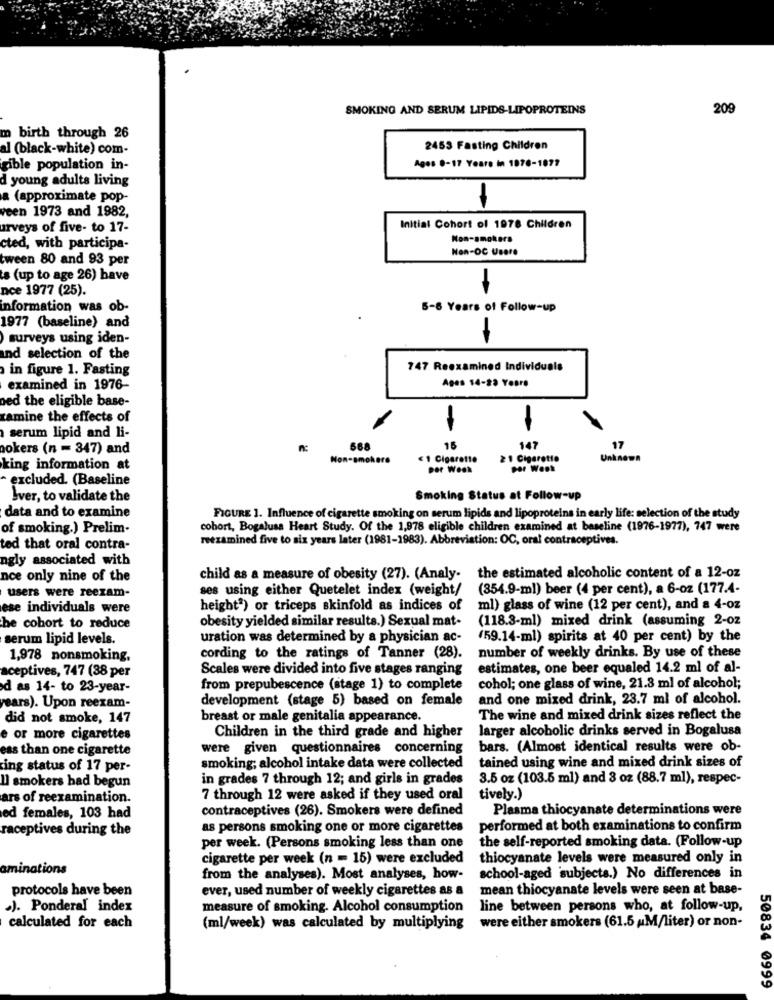
SMOKING AND SERUM LIPIDS-LIPOPROTEINS
209
m birth through 26
al (black-white) com-
2453 Fasting Children
cible population in-
Ages 0-17 Years in 1876-1877
d young adults living
a (approximate pop-
veen 1973 and 1982,
urveys of five- to 17-
Initial Cohort of 1978 Children
Non-smokers
cted, with participa-
Non-OC Usere
tween 80 and 93 per
's (up to age 26) have
nce 1977 (25).
information was ob-
5-8 Years of Follow-up
1977 (baseline) and
surveys using iden-
and selection of the
in figure 1. Fasting
747 Reexamined Individuals
Ages 14-23 Years
examined in 1976-
bed the eligible base-
ramine the effects of
serum lipid and li-
-
aokers (n = 347) and
n:
568
15
147
Non-smokers
< 1 Cigarette
21 Cigarette
Unknown
king information at
por Week
- excluded. (Baseline
Iver, to validate the
Smoking Status at Follow-up
FIGURE 1. Influence of cigarette smoking on serum lipids and lipoproteins in early life: selection of the study
data and to examine
of smoking.) Prelim-
cohort, Bogalusa Heart Study. Of the 1,978 eligible children examined at baseline (1976-1977), 747 were
reezamined five to six years later (1981-1983). Abbreviation: OC, oral contraceptives.
ted that oral contra-
ngly associated with
nce only nine of the
child as a measure of obesity (27). (Analy-
the estimated alcoholic content of a 12-oz
ses using either Quetelet index (weight/
(854.9-ml) beer (4 per cent), a 6-oz (177.4-
users were reexam-
ese individuals were
height*) or triceps skinfold as indices of
ml) glass of wine (12 per cent), and a 4-oz
obesity yielded similar results.) Sexual mat-
(118.3-ml) mixed drink (assuming 2-02
he cohort to reduce
serum lipid levels.
uration was determined by a physician ac-
(59.14-ml) spirits at 40 per cent) by the
1,978 nonsmoking,
cording to the ratings of Tanner (28).
number of weekly drinks. By use of these
aceptives, 747 (38 per
Scales were divided into five stages ranging
estimates, one beer equaled 14.2 ml of al-
d as 14- to 23-year-
from prepubescence (stage 1) to complete
cohol; one glass of wine, 21.8 ml of alcohol;
development (stage 5) based on female
and one mixed drink, 23.7 ml of alcohol.
years). Upon reexam-
did not smoke, 147
breast or male genitalia appearance.
The wine and mixed drink sizes reflect the
Children in the third grade and higher
larger alcoholic drinks served in Bogalusa
e or more cigarettes
ess than one cigarette
were given questionnaires concerning
bars. (Almost identical results were ob-
tained using wine and mixed drink sizes of
ing status of 17 per-
smoking; alcohol intake data were collected
Il smokers had begun
in grades 7 through 12; and girls in grades
3.5 oz (103.5 ml) and 3 oz (88.7 ml), respec-
ars of reexamination.
7 through 12 were asked if they used oral
tively.)
contraceptives (26). Smokers were defined
Plasma thiocyanate determinations were
ed females, 103 had
raceptives during the
as persons smoking one or more cigarettes
performed at both examinations to confirm
the self-reported smoking data. (Follow-up
per week. (Persons smoking less than one
cigarette per week (n = 15) were excluded
thiocyanate levels were measured only in
aminations
from the analyses). Most analyses, how-
school-aged subjects.) No differences in
protocols have been
ever, used number of weekly cigarettes as a
mean thiocyanate levels were seen at base-
.). Ponderal index
measure of smoking. Alcohol consumption
line between persons who, at follow-up,
calculated for each
(ml/week) was calculated by multiplying
were either smokers (61.5 M/liter) or non-
50834 0999